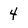
Character: 4